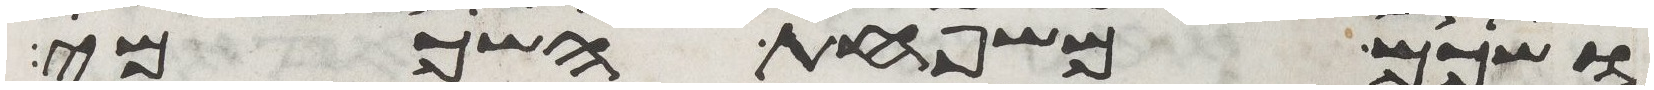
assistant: ושכם משפחת השכמי